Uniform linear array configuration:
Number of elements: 4
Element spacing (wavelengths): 0.5
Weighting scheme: cosine
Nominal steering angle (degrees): -45
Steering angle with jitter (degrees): -45.65
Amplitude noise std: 0.05
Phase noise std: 0.05

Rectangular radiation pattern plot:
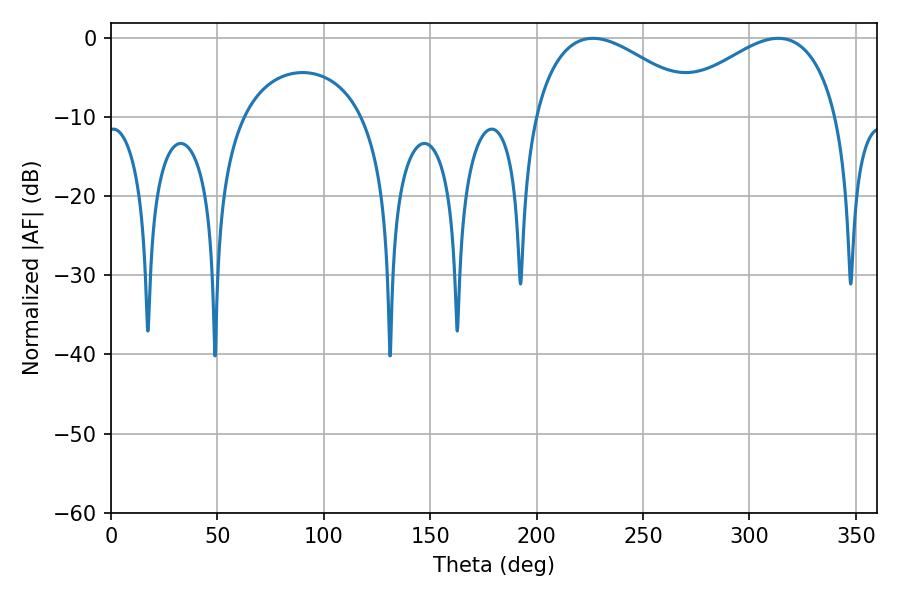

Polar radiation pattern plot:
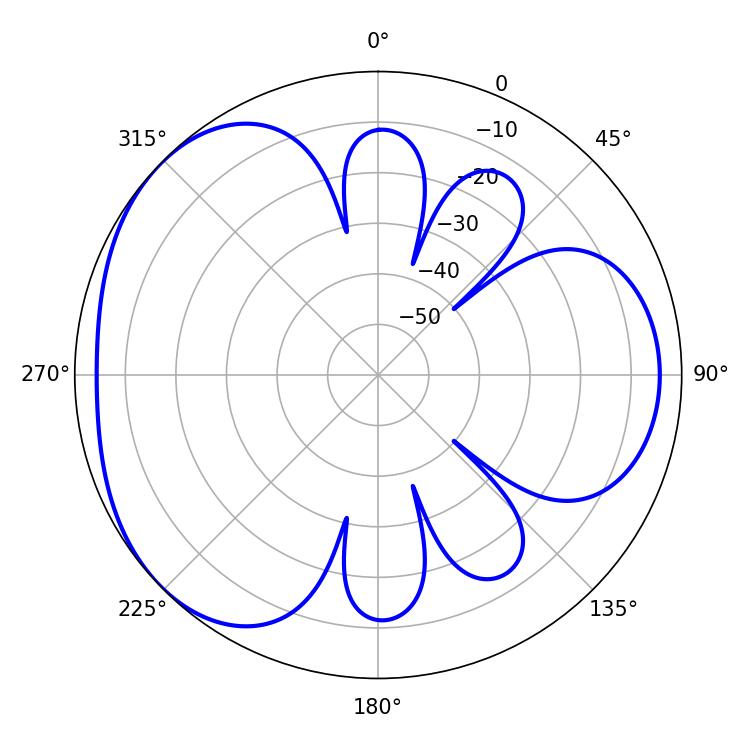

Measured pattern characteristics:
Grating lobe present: FALSE
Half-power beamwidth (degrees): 43.56
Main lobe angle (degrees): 226.44